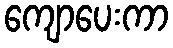
ကျောပေးကာ